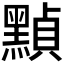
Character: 𪑳